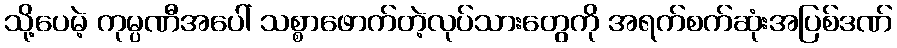
သို့ပေမဲ့ ကုမ္ပဏီအပေါ် သစ္စာဖောက်တဲ့လုပ်သားတွေကို အရက်စက်ဆုံးအပြစ်ဒဏ်